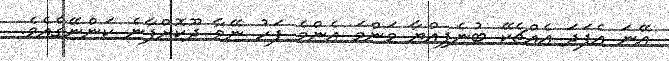
އޭނަ އެފަދަ އެއްޗެކޭ ބުނެފިއްޔާ މަންމަ އެންމެ ފަހު ނޭވާ ދޫކޮށްފާނެ ކަންނޭގެއެވެ.